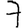
Digit: 7